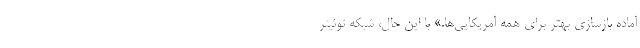
آماده بازسازی بهتر برای همه آمریکایی‌ها.» با این حال، شبکه توئیتر